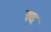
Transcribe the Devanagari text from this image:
स्द